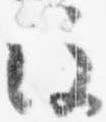
注